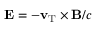
\mathbf { E } = - \mathbf { v } _ { \mathrm { T } } \times \mathbf { B } / c